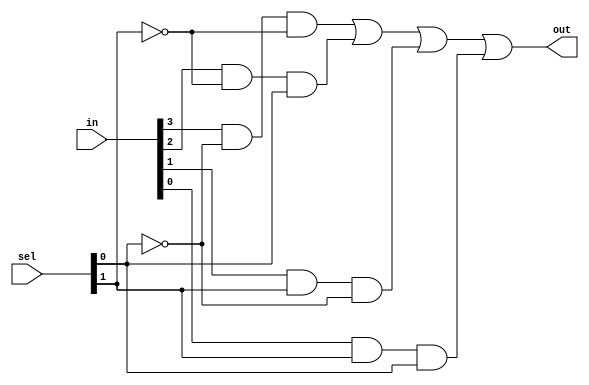
`timescale 1ns / 1ps
//////////////////////////////////////////////////////////////////////////////////
// Company: 
// Engineer: 
// 
// Design Name: 
// Module Name: mux4_to_1gate
// Project Name: 
// Target Devices: 
// Tool Versions: 
// Description: 
// 
// Dependencies: 
// 
// Revision:
// Revision 0.01 - File Created
// Additional Comments:
// 
//////////////////////////////////////////////////////////////////////////////////


module mux4to1_gate(out,in,sel);

  input [0:3] in; 

  input [0:1] sel; 

  output out;

  wire a,b,c,d,n1,n2,a1,a2,a3,a4;

  not n(n1,sel[1]); 

  not nn(n2,sel[0]);

  and (a1,in[0],n1,n2);

  and (a2,in[1],n2,sel[1]);

  and (a3,in[2],sel[0],n1); 

  and (a4,in[3],sel[0],sel[1]);

  or or1(out,a1,a2,a3,a4);

 endmodule